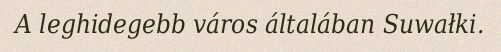
A leghidegebb város általában Suwałki.